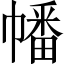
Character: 幡